Vaccination in Burma 1920-1933 - 1920-1933
Year: 1920
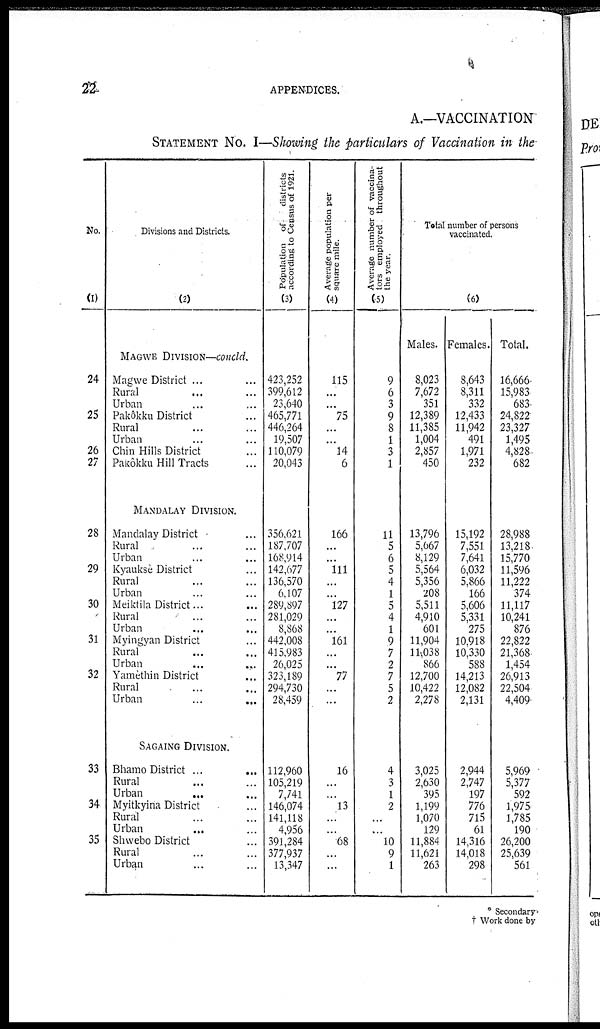
22
APPENDICES.
A.—VACCINATION
STATEMENT NO. I—Showing the particulars of Vaccination in the
No.
(1)
24
25
26
27
28
29
30
31
32
33
34
35
Divisions and Districts.
(2)
MAGWE DIVISION—concld.
Magwe District ... ... ...
Rural... ... ...
Urban... ...
Pakôkku District... ...
Rural... ...
Urban...
Chin Hills District... ...
Pakôkku Hill Tracts... ...
MANDALAY DIVISION.
Mandalay District...
Rural...
Urban... ...
Kyaukse District... ...
Rural... ...
Urban... ...
Meiktila District...
Rural... ...
Urban... ...
Myingyan District... ...
Rural... ...
Urban... ...
Yamèthin District... ...
Rural... ...
Urban
...
...
...
SAGAING DIVISION.
Bhamo District ... ... ...
Rural... ...
Urban
...
...
Myitkyina District...
Rural...
Urban...
...
Shwebo District... ...
Rural... ...
Urban... ...
Population of
districts
according to Census of 1921.
(3)
423,252
399,612
23,640
465,771
446,264
19,507
110,079
20,043
356,621
187,707
168,914
142,677
136,570
6,107
289,897
281,029
8,868
442,008
415,983
26,025
323,189
294,730
28,459
112,960
105,219
7,741
146,074
141,118
4,956
391,284
377,937
13,347
Average population per
square mile.
(4)
115
...
...
75
...
...
14
6
166
...
...
111
...
...
127
...
...
161
...
...
77
...
...
16
...
...
13
...
...
68
...
...
Average number of vaccina-
tors employed throughout
the year.
(5)
9
6
3
9
8
1
3
1
11
5
6
5
4
1
5
4
1
9
7
2
7
5
2
4
3
1
2
...
...
10
9
1
Total number of persons
vaccinated.
(6)
Males.
8,023
7,672
351
12,389
11,385
1,004
2,857
450
13,796
5,667
8,129
5,564
5,356
208
5,511
4,910
601
11,904
11,038
866
12,700
10,422
2,278
3,025
2,630
395
1,199
1,070
129
11,884
11,621
263
Females.
8,643
8,311
332
12,433
11,942
491
1,971
232
15,192
7,551
7,641
6,032
5,866
166
5,606
5,331
275
10,918
10,330
588
14,213
12,082
2,131
2,944
2,747
197
776
715
61
14,316
14,018
298
Total.
16,666
15,983
683
24,822
23,327
1,495
4,828
682
28,988
13,218
15,770
11,596
11,222
374
11,117
10,241
876
22,822
21,368
1,454
26,913
22,504
4,409
5,969
5,377
592
1,975
1,785
190
26,200
25,639
561
* Secondary
† Work done by